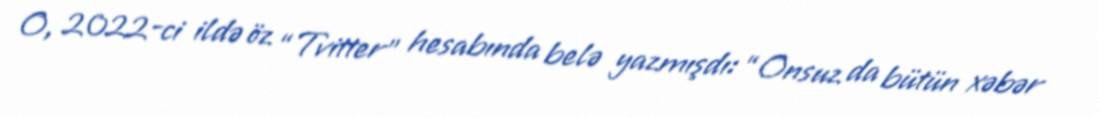
O, 2022-ci ildə öz “Tvitter” hesabında belə yazmışdı: “Onsuz da bütün xəbər